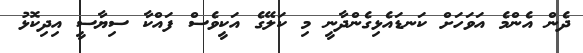
ދެން އެންމެ އަވަހަށް ކަނޑައެޅިގެންދާނީ މި ކަލޭގެ އަކީވެސް ފައްކާ ސިޔާސީ އިދިކޮޅު